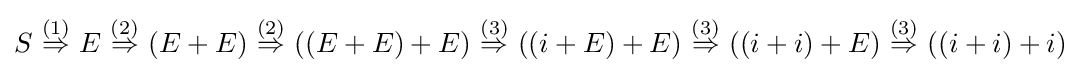
S\ {\overset {(1)}{\Rightarrow }}\ E\ {\overset {(2)}{\Rightarrow }}\ (E+E)\ {\overset {(2)}{\Rightarrow }}\ ((E+E)+E)\ {\overset {(3)}{\Rightarrow }}\ ((i+E)+E)\ {\overset {(3)}{\Rightarrow }}\ ((i+i)+E)\ {\overset {(3)}{\Rightarrow }}\ ((i+i)+i)